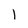
Character: l